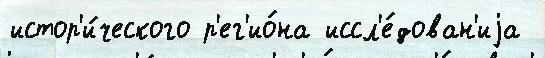
истор'и́ческого р'ег'ио́на иссл'е́дован'иjа